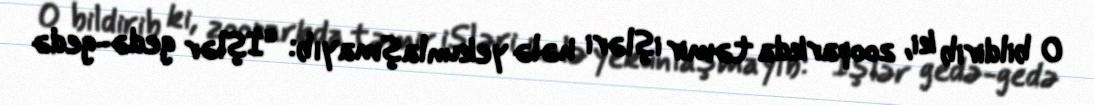
O bildirib ki, zooparkda təmir işləri hələ yekunlaşmayıb: “İşlər gedə-gedə